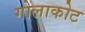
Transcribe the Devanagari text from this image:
गोलाकोट